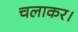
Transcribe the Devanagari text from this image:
चलाकर।